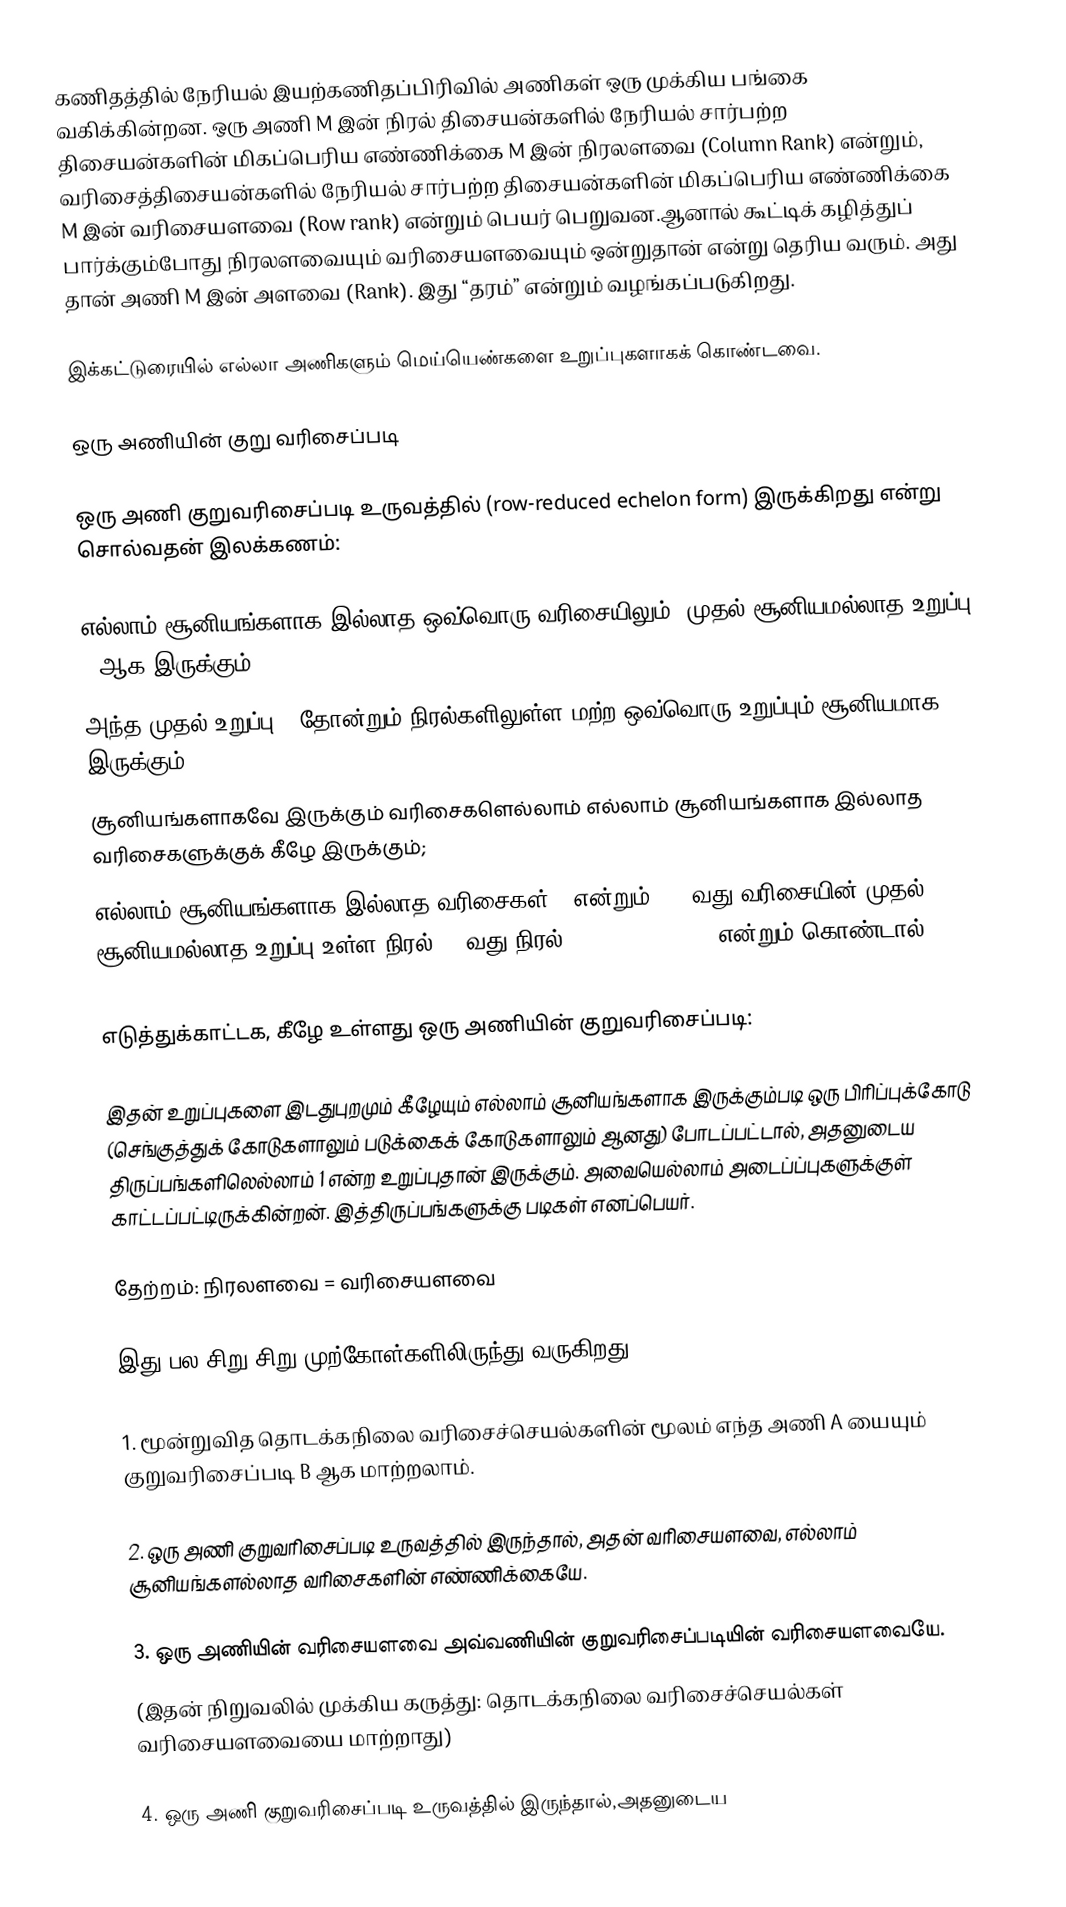
கணிதத்தில் நேரியல் இயற்கணிதப்பிரிவில் அணிகள் ஒரு முக்கிய பங்கை வகிக்கின்றன. ஒரு  அணி M இன் நிரல் திசையன்களில் நேரியல் சார்பற்ற திசையன்களின் மிகப்பெரிய  எண்ணிக்கை M இன் நிரலளவை (Column Rank) என்றும், வரிசைத்திசையன்களில் நேரியல் சார்பற்ற திசையன்களின் மிகப்பெரிய எண்ணிக்கை M இன் வரிசையளவை (Row rank) என்றும் பெயர் பெறுவன.ஆனால் கூட்டிக் கழித்துப் பார்க்கும்போது நிரலளவையும் வரிசையளவையும் ஒன்றுதான் என்று தெரிய வரும்.  அது தான் அணி  M இன் அளவை (Rank). இது “தரம்” என்றும் வழங்கப்படுகிறது.

இக்கட்டுரையில் எல்லா அணிகளும் மெய்யெண்களை உறுப்புகளாகக் கொண்டவை.

ஒரு அணியின் குறு வரிசைப்படி

ஒரு அணி குறுவரிசைப்படி உருவத்தில்   (row-reduced echelon form) இருக்கிறது என்று சொல்வதன் இலக்கணம்:

 எல்லாம் சூனியங்களாக இல்லாத ஒவ்வொரு வரிசையிலும், முதல் சூனியமல்லாத உறுப்பு  1 ஆக இருக்கும்;
 அந்த முதல் உறுப்பு 1 தோன்றும் நிரல்களிலுள்ள மற்ற ஒவ்வொரு உறுப்பும் சூனியமாக இருக்கும்;
 சூனியங்களாகவே இருக்கும் வரிசைகளெல்லாம் எல்லாம் சூனியங்களாக இல்லாத வரிசைகளுக்குக் கீழே  இருக்கும்;
 எல்லாம் சூனியங்களாக இல்லாத வரிசைகள் r  என்றும், i -வது வரிசையின் முதல் சூனியமல்லாத உறுப்பு  உள்ள நிரல்  ki-வது நிரல்,  i = 1,2, ..., r என்றும் கொண்டால், k1 < k2 < ... < kr.

எடுத்துக்காட்டக, கீழே உள்ளது ஒரு   அணியின் குறுவரிசைப்படி:

இதன் உறுப்புகளை இடதுபுறமும் கீழேயும் எல்லாம் சூனியங்களாக இருக்கும்படி ஒரு பிரிப்புக்கோடு (செங்குத்துக் கோடுகளாலும் படுக்கைக் கோடுகளாலும் ஆனது) போடப்பட்டால், அதனுடைய திருப்பங்களிலெல்லாம் 1 என்ற உறுப்புதான் இருக்கும். அவையெல்லாம் அடைப்ப்புகளுக்குள் காட்டப்பட்டிருக்கின்றன். இத்திருப்பங்களுக்கு படிகள் எனப்பெயர்.

தேற்றம்: நிரலளவை = வரிசையளவை

இது பல சிறு சிறு முற்கோள்களிலிருந்து வருகிறது.

1. மூன்றுவித தொடக்கநிலை வரிசைச்செயல்களின் மூலம் எந்த அணி  A யையும் குறுவரிசைப்படி  B  ஆக மாற்றலாம்.

2. ஒரு அணி குறுவரிசைப்படி உருவத்தில் இருந்தால், அதன் வரிசையளவை, எல்லாம் சூனியங்களல்லாத வரிசைகளின் எண்ணிக்கையே.

3. ஒரு அணியின் வரிசையளவை அவ்வணியின் குறுவரிசைப்படியின் வரிசையளவையே.
(இதன் நிறுவலில் முக்கிய கருத்து: தொடக்கநிலை வரிசைச்செயல்கள் வரிசையளவையை மாற்றாது)

4. ஒரு அணி குறுவரிசைப்படி உருவத்தில் இருந்தால்,அதனுடைய